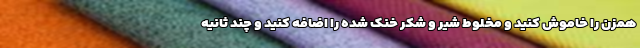
همزن را خاموش کنید و مخلوط شیر و شکر خنک شده را اضافه کنید و چند ثانیه